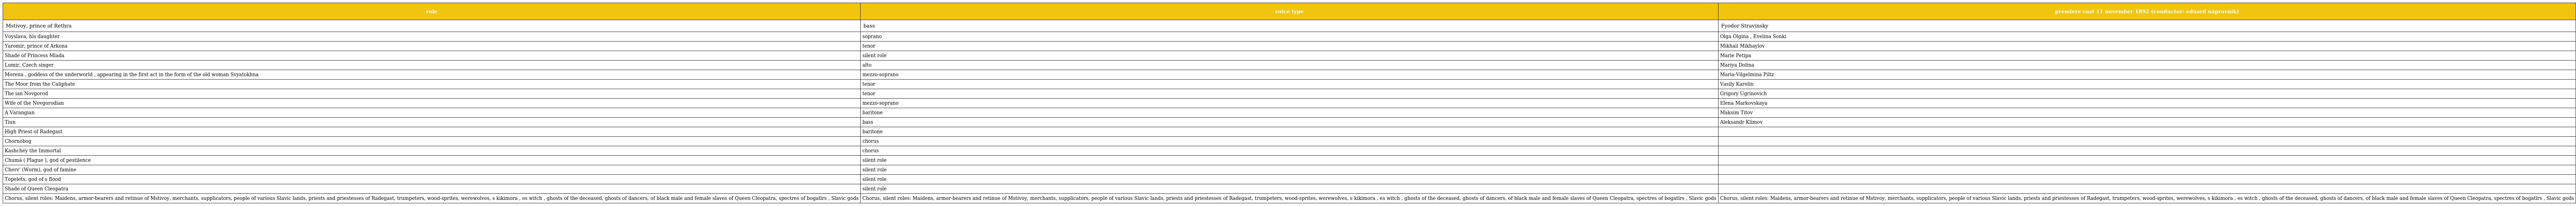
| role | voice type | premiere cast 11 november 1892 (conductor: eduard nápravník) |
 | --- | --- | --- |
 | Mstivoy, prince of Rethra | bass | Fyodor Stravinsky |
 | Voyslava, his daughter | soprano | Olga Olgina , Evelina Sonki |
 | Yaromir, prince of Arkona | tenor | Mikhail Mikhaylov |
 | Shade of Princess Mlada | silent role | Marie Petipa |
 | Lumir, Czech singer | alto | Mariya Dolina |
 | Morena , goddess of the underworld , appearing in the first act in the form of the old woman Svyatokhna | mezzo-soprano | Maria-Vilgelmina Piltz |
 | The Moor from the Caliphate | tenor | Vasily Karelin |
 | The ian Novgorod | tenor | Grigory Ugrinovich |
 | Wife of the Novgorodian | mezzo-soprano | Elena Markovskaya |
 | A Varangian | baritone | Maksim Titov |
 | Tiun | bass | Aleksandr Klimov |
 | High Priest of Radegast | baritone |  |
 | Chornobog | chorus |  |
 | Kashchéy the Immortal | chorus |  |
 | Chumá ( Plague ), god of pestilence | silent role |  |
 | Cherv' (Worm), god of famine | silent role |  |
 | Topelets, god of s flood | silent role |  |
 | Shade of Queen Cleopatra | silent role |  |
 | Chorus, silent roles: Maidens, armor-bearers and retinue of Mstivoy, merchants, supplicators, people of various Slavic lands, priests and priestesses of Radegast, trumpeters, wood-sprites, werewolves, s kikimora , es witch , ghosts of the deceased, ghosts of dancers, of black male and female slaves of Queen Cleopatra, spectres of bogatïrs , Slavic gods | Chorus, silent roles: Maidens, armor-bearers and retinue of Mstivoy, merchants, supplicators, people of various Slavic lands, priests and priestesses of Radegast, trumpeters, wood-sprites, werewolves, s kikimora , es witch , ghosts of the deceased, ghosts of dancers, of black male and female slaves of Queen Cleopatra, spectres of bogatïrs , Slavic gods | Chorus, silent roles: Maidens, armor-bearers and retinue of Mstivoy, merchants, supplicators, people of various Slavic lands, priests and priestesses of Radegast, trumpeters, wood-sprites, werewolves, s kikimora , es witch , ghosts of the deceased, ghosts of dancers, of black male and female slaves of Queen Cleopatra, spectres of bogatïrs , Slavic gods |